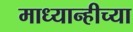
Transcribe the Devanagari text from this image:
माध्यान्हीच्या